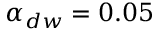
\alpha _ { d w } = 0 . 0 5